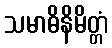
သမာဓိနိမိတ္တံ